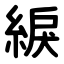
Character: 綟